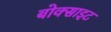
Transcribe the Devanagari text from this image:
बोक्साइट